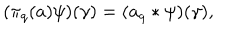
( \pi _ { q } ( a ) \psi ) ( \gamma ) = ( a _ { q } * \psi ) ( \gamma ) ,